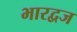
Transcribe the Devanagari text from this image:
भारद्वज